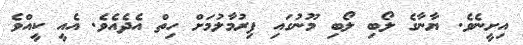
އިށީނެވެ. ޔާނާގެ ލޯބި ލޯބި މޫނުގައި ފިރުމާލުމަށް ހިތް އެދެއެވެ. އެއީ ކީއްވެ